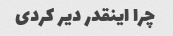
چرا اینقدر دیر کردی